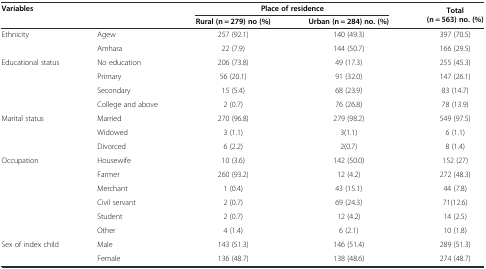
<table><thead><tr><td rowspan="2"><b>Variables</b></td><td rowspan="2"></td><td colspan="2"><b>Place of residence</b></td><td rowspan="2"><b>Total (n = 563) no. (%)</b></td></tr><tr><td><b>Rural (n = 279) no (%)</b></td><td><b>Urban (n = 284) no. (%)</b></td></tr></thead><tbody><tr><td rowspan="2">Ethnicity</td><td>Agew</td><td>257 (92.1)</td><td>140 (49.3)</td><td>397 (70.5)</td></tr><tr><td>Amhara</td><td>22 (7.9)</td><td>144 (50.7)</td><td>166 (29.5)</td></tr><tr><td rowspan="4">Educational status</td><td>No education</td><td>206 (73.8)</td><td>49 (17.3)</td><td>255 (45.3)</td></tr><tr><td>Primary</td><td>56 (20.1)</td><td>91 (32.0)</td><td>147 (26.1)</td></tr><tr><td>Secondary</td><td>15 (5.4)</td><td>68 (23.9)</td><td>83 (14.7)</td></tr><tr><td>College and above</td><td>2 (0.7)</td><td>76 (26.8)</td><td>78 (13.9)</td></tr><tr><td rowspan="3">Marital status</td><td>Married</td><td>270 (96.8)</td><td>279 (98.2)</td><td>549 (97.5)</td></tr><tr><td>Widowed</td><td>3 (1.1)</td><td>3(1.1)</td><td>6 (1.1)</td></tr><tr><td>Divorced</td><td>6 (2.2)</td><td>2(0.7)</td><td>8 (1.4)</td></tr><tr><td rowspan="6">Occupation</td><td>Housewife</td><td>10 (3.6)</td><td>142 (50.0)</td><td>152 (27)</td></tr><tr><td>Farmer</td><td>260 (93.2)</td><td>12 (4.2)</td><td>272 (48.3)</td></tr><tr><td>Merchant</td><td>1 (0.4)</td><td>43 (15.1)</td><td>44 (7.8)</td></tr><tr><td>Civil servant</td><td>2 (0.7)</td><td>69 (24.3)</td><td>71(12.6)</td></tr><tr><td>Student</td><td>2 (0.7)</td><td>12 (4.2)</td><td>14 (2.5)</td></tr><tr><td>Other</td><td>4 (1.4)</td><td>6 (2.1)</td><td>10 (1.8)</td></tr><tr><td rowspan="2">Sex of index child</td><td>Male</td><td>143 (51.3)</td><td>146 (51.4)</td><td>289 (51.3)</td></tr><tr><td>Female</td><td>136 (48.7)</td><td>138 (48.6)</td><td>274 (48.7)</td></tr></tbody></table>